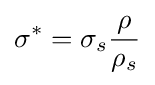
\sigma ^{*}=\sigma _{s}{\frac {\rho }{\rho _{s}}}